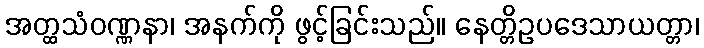
အတ္ထသံဝဏ္ဏနာ၊ အနက်ကို ဖွင့်ခြင်းသည်။ နေတ္တိဥပဒေသာယတ္တာ၊